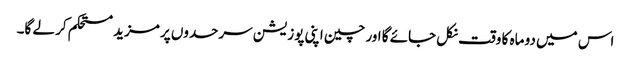
اس میں دو ماہ کا وقت نکل جائے گا اور چین اپنی پوزیشن سرحدوں پر مزید مستحکم کر لے گا۔